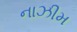
નાઝીમ